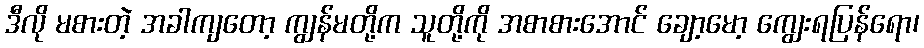
ဒီလို မစားတဲ့ အခါကျတော့ ကျွန်မတို့က သူတို့ကို အစာစားအောင် ချော့မော့ ကျွေးရပြန်ရော၊